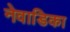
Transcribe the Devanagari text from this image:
नेवाडिका